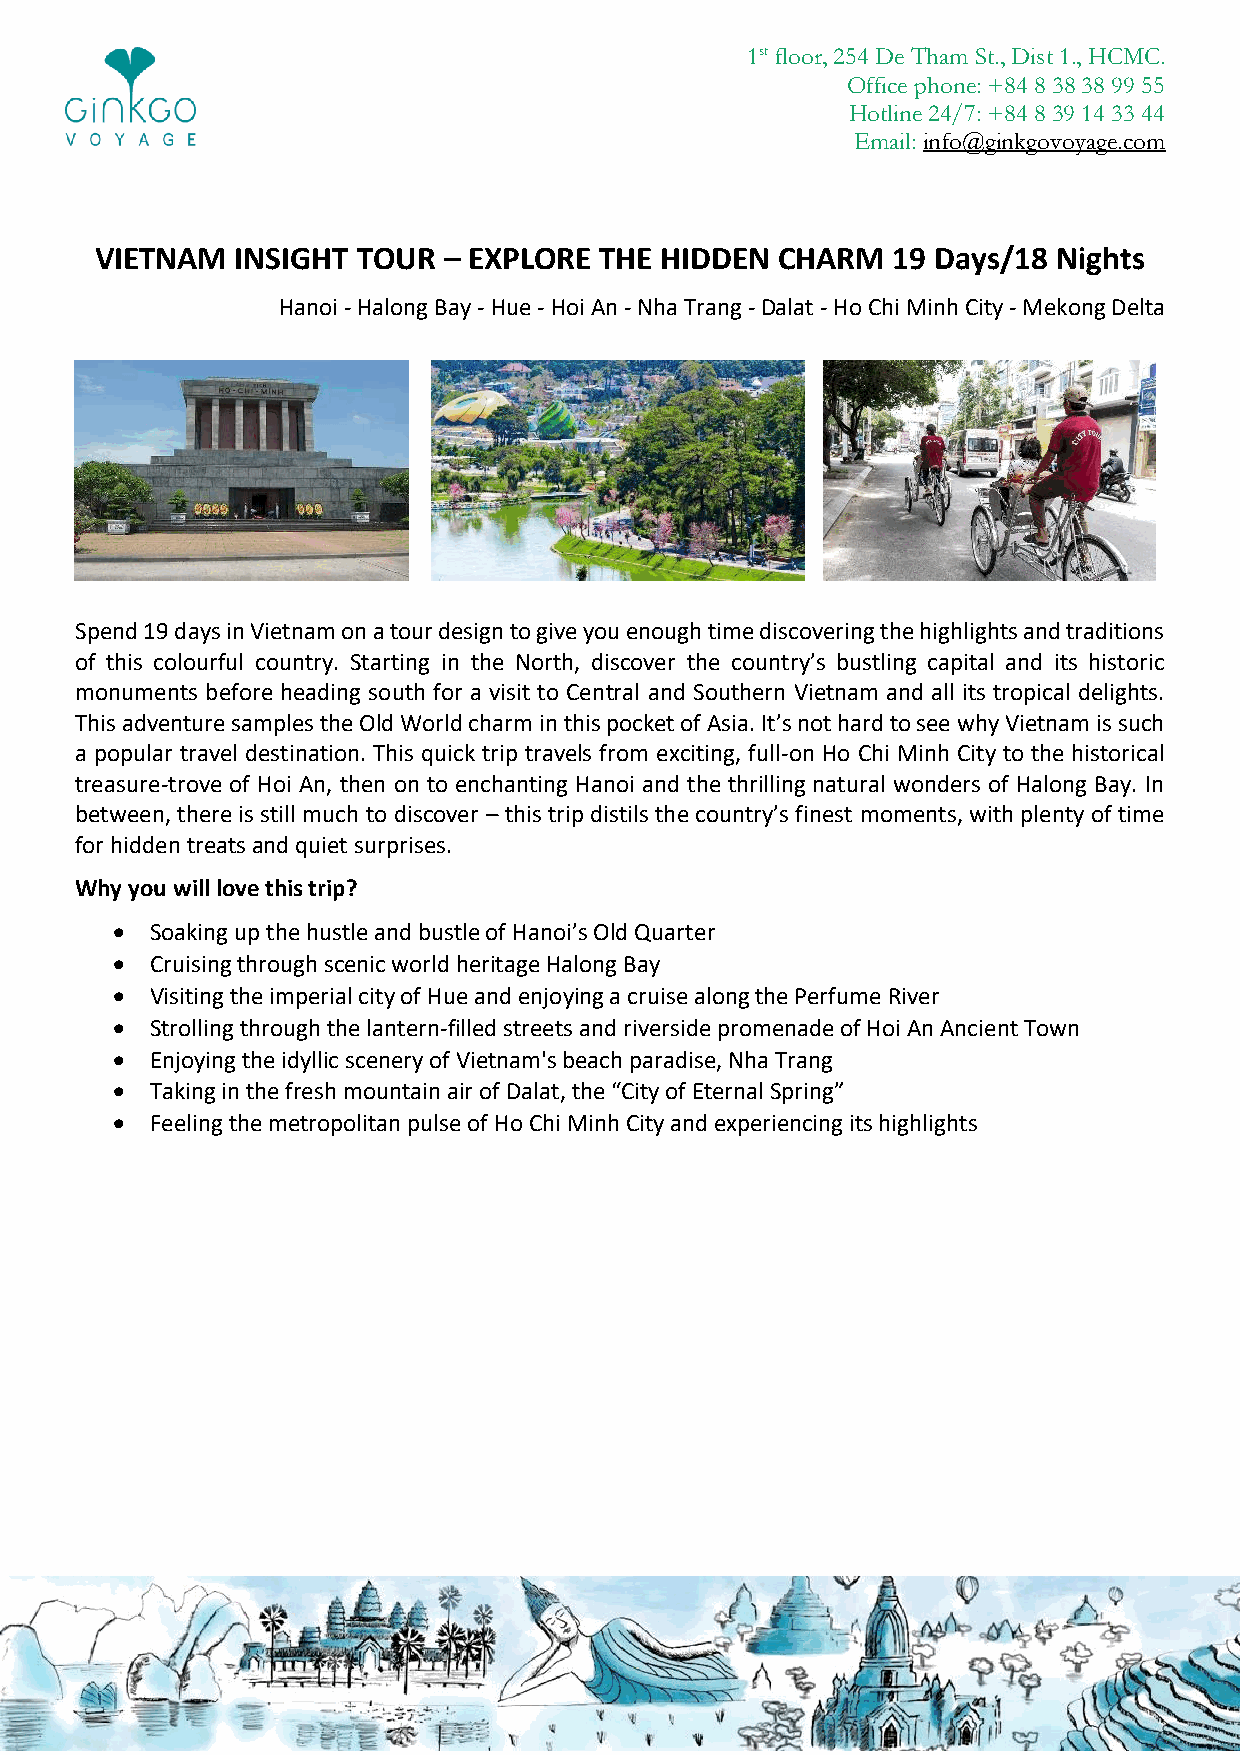
1st floor, 254 De Tham St., Dist 1., HCMC.
 Office phone: +84 8 38 38 99 55
 Hotline 24/7: +84 8 39 14 33 44
 Email: info@ginkgovoyage.com
 VIETNAM   INSIGHT TOUR – EXPLORE  THE HIDDEN  CHARM  19 Days/18 Nights
 Hanoi - Halong Bay - Hue - Hoi An - Nha Trang - Dalat - Ho Chi Minh City - Mekong Delta
 Spend 19 days in Vietnam on a tour design to give you enough time discovering the highlights and traditions
 of this colourful country. Starting in the North, discover the country’s bustling capital and its historic
 monuments before heading south for a visit to Central and Southern Vietnam and all its tropical delights.
 This adventure samples the Old World charm in this pocket of Asia. It’s not hard to see why Vietnam is such
 a popular travel destination. This quick trip travels from exciting, full-on Ho Chi Minh City to the historical
 treasure-trove of Hoi An, then on to enchanting Hanoi and the thrilling natural wonders of Halong Bay. In
 between, there is still much to discover – this trip distils the country’s finest moments, with plenty of time
 for hidden treats and quiet surprises.
 Why you will love this trip?
 •  Soaking up the hustle and bustle of Hanoi’s Old Quarter
 •  Cruising through scenic world heritage Halong Bay
 •  Visiting the imperial city of Hue and enjoying a cruise along the Perfume River
 •  Strolling through the lantern-filled streets and riverside promenade of Hoi An Ancient Town
 •  Enjoying the idyllic scenery of Vietnam's beach paradise, Nha Trang
 •  Taking in the fresh mountain air of Dalat, the “City of Eternal Spring”
 •  Feeling the metropolitan pulse of Ho Chi Minh City and experiencing its highlights